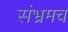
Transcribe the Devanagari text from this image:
संभ्रमच